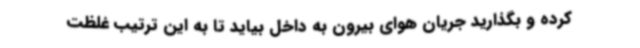
کرده و بگذارید جریان هوای بیرون به داخل بیاید تا به این ترتیب غلظت